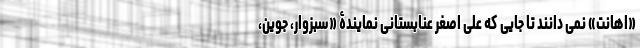
«اهانت» نمی دانند تا جایی که علی اصغر عنابستانی نمایندۀ «سبزوار، جوین،